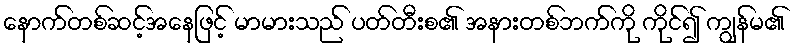
နောက်တစ်ဆင့်အနေဖြင့် မာမားသည် ပတ်တီးစ၏ အနားတစ်ဘက်ကို ကိုင်၍ ကျွန်မ၏